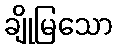
ချိုမြသော